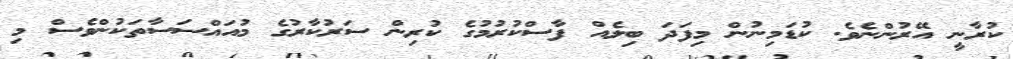
ކުރާނީ އޭރުންނެވެ. ކުޑަމިނުން މިފަދަ ބިލެއް ފާސްކުރުމުގެ ކުރިން ސަރުކާރުގެ މުއައްސަސާތަކުންވެސް މި